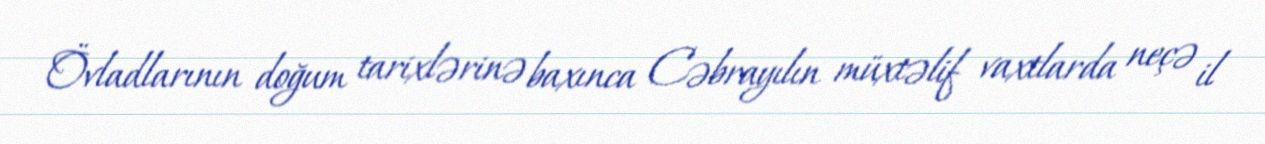
Övladlarının doğum tarixlərinə baxınca Cəbrayılın müxtəlif vaxtlarda neçə il